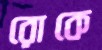
রোকে